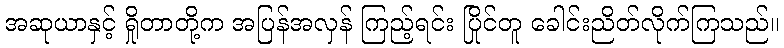
အဆုယာနှင့် ရှိုတာတို့က အပြန်အလှန် ကြည့်ရင်း ပြိုင်တူ ခေါင်းညိတ်လိုက်ကြသည်။